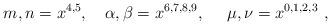
LaTeX: \begin{align*}m,n = x^{4,5}, ~~~ \alpha, \beta = x^{6,7,8,9}, ~~~~ \mu, \nu =x^{0,1,2,3} \ ,\end{align*}